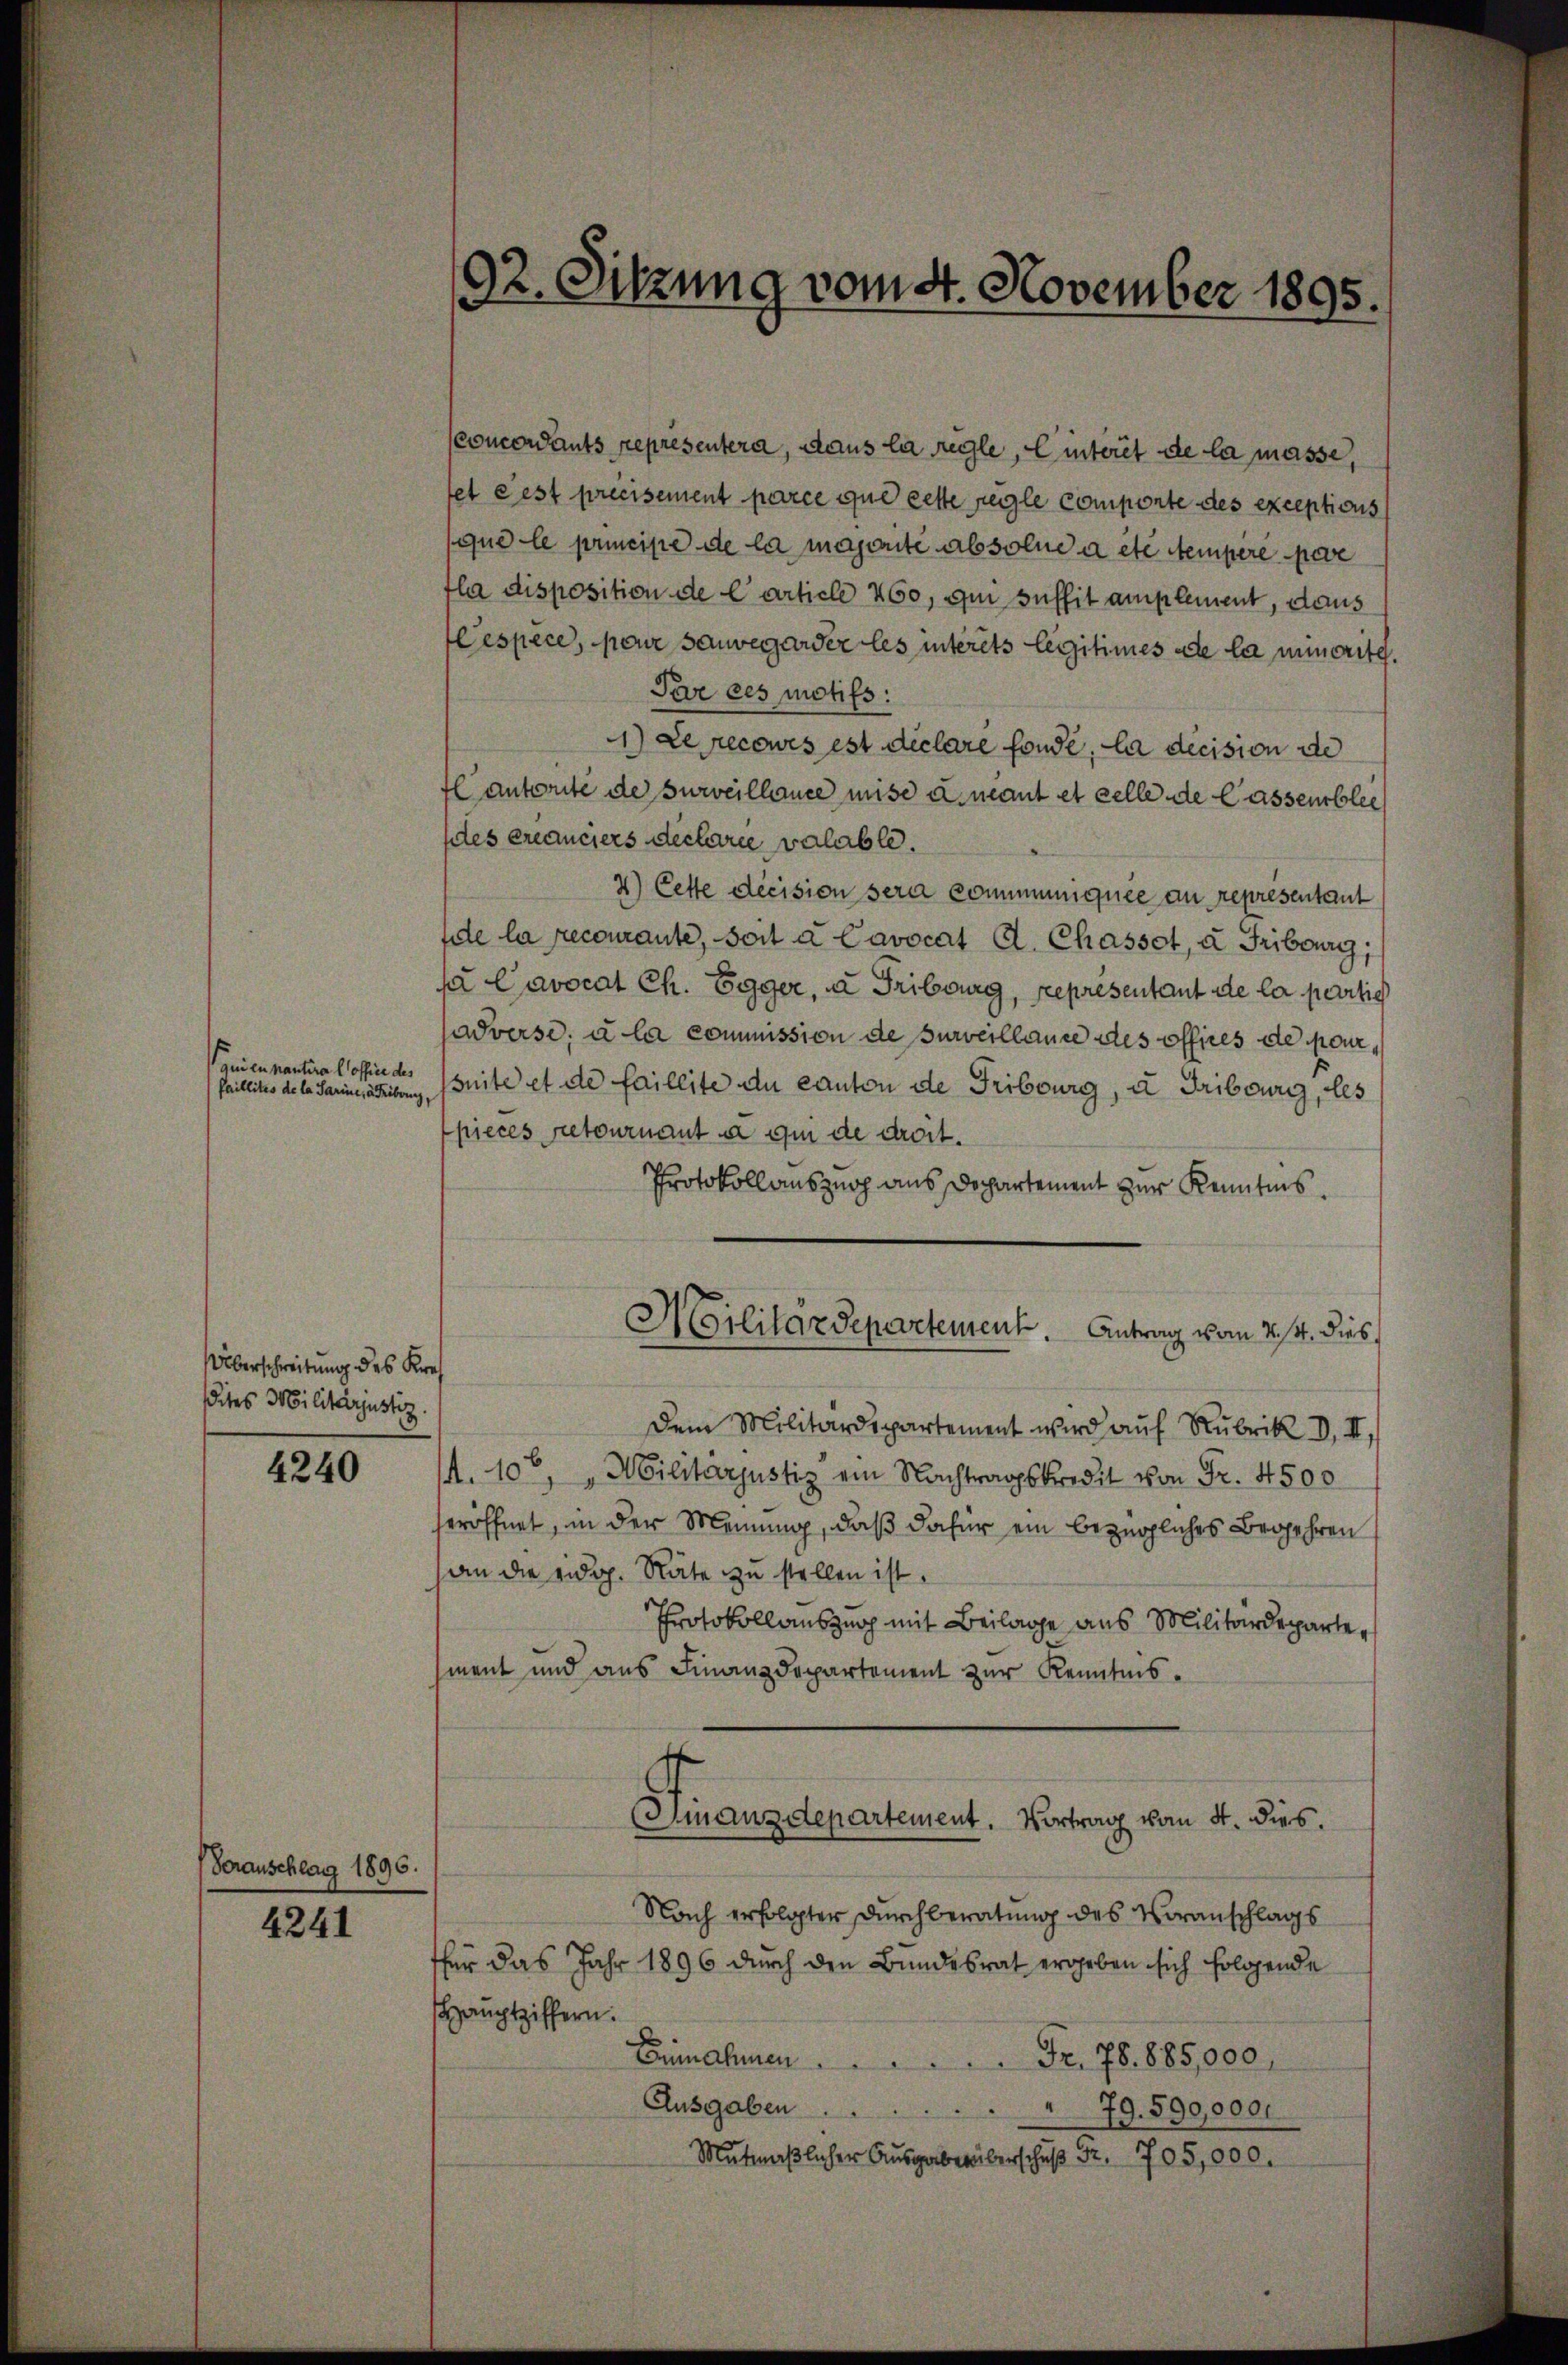
ynien kantira Cloffice des
Paillites de la Sarine, a Tribung,

Überschreitung des Krei
ites Militarjustiz.

Veranschlag 1896.

4240

4241

concordants representera, dans la regle, C interit de la masse,
fet dest précisement parce que cette regle Componte des exceptions
que le principe de la majorite absolue à etc tempere eve
fla disposition de l’article 460, qui suffit amplement, dans
Cespèce, pour sauvegarder les interets legitimes de la minorite.
Pre ces motifs:
1) Le recowes est déclare fonde, la decision de
fl autorité de surveillance mise u. neant et celle de Cassemblec
des créanciers declarie valable.
2) Cette decision sera communiquee an representant
fite la recourante, soit à Cavocat d. Chasset, à Fribourg,
fa Cavocat Ch. Egger, da Fribourg, représentant de la persich
adverse; à la commission de surveillause des offices de poursuite et de faillite du canton de Fribourg, u Tribourg, les
pieces retournant à qui de droit.
Protokoll auszug aus Dechartement zur Kenntnis.
Militärdepartement. Antrag vom 24. dies
Dem Militärdepartement wird auf Rubrik I, II,
A. 10, "Militärjustiz am Nachtragskredit von Fr. 4500
eröffnet, in der Meinung, daß dafür ein bezügliches Begehren
an die eidg. Räte zu stellen ist.
Protokollauszug mit Beilage aus Militärdepartement und aus Finanzdepartement zur Kenntnis-
Finanzdepartement. Vortrag vom 4. dies
Nach erfolgter durchberatung des Voranschlags
thür das Jahr 1896 durch den Bundesrat ergeben sich folgende
Hauptziffern.
Einnahmen  ..  ..  ..  ..  ..  ..  Fr. 78. 885,000.
Ausgaben . . 79. 590,000.
Mutmaβlicher Aŭsgabe überschuß Fr. 705,000.

92. Sitzung vom 4. November 1895.